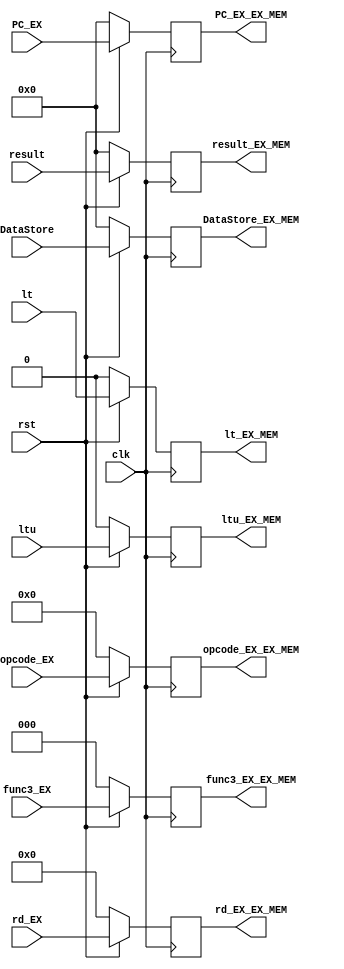
module EX_MEM (
    input wire clk,
    input wire rst,
    input wire [2:0] func3_EX,
    input wire [4:0] rd_EX,
    input wire [6:0] opcode_EX,
    input wire [31:0] result,
    input wire [31:0] DataStore,
    input wire lt,
    input wire ltu,
    input wire [31:0] PC_EX,
    output reg [2:0] func3_EX_EX_MEM,
    output reg [4:0] rd_EX_EX_MEM,
    output reg [6:0] opcode_EX_EX_MEM,
    output reg [31:0] result_EX_MEM,
    output reg [31:0] DataStore_EX_MEM,
    output reg lt_EX_MEM,
    output reg ltu_EX_MEM,
    output reg [31:0] PC_EX_EX_MEM
);

always @(posedge clk)
begin
    if (!rst)
    begin
        func3_EX_EX_MEM <= 3'd0;
        rd_EX_EX_MEM <= 5'd0;
        opcode_EX_EX_MEM <= 7'd0;
        result_EX_MEM <= 32'd0;
        DataStore_EX_MEM <= 32'd0;
        lt_EX_MEM <= 1'd0;
        ltu_EX_MEM <= 1'd0;
        PC_EX_EX_MEM <= 32'd0;
    end
    else
    begin
        func3_EX_EX_MEM <= func3_EX;
        rd_EX_EX_MEM <= rd_EX;
        opcode_EX_EX_MEM <= opcode_EX;
        result_EX_MEM <= result;
        DataStore_EX_MEM <= DataStore;
        lt_EX_MEM <= lt;
        ltu_EX_MEM <= ltu;
        PC_EX_EX_MEM <= PC_EX;
    end
end

endmodule